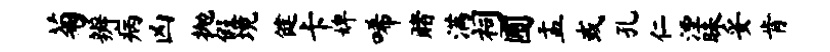
菊辨病凶抛假境健卡婢唏赌满祠圃盂或孔仁湮昧妥肯